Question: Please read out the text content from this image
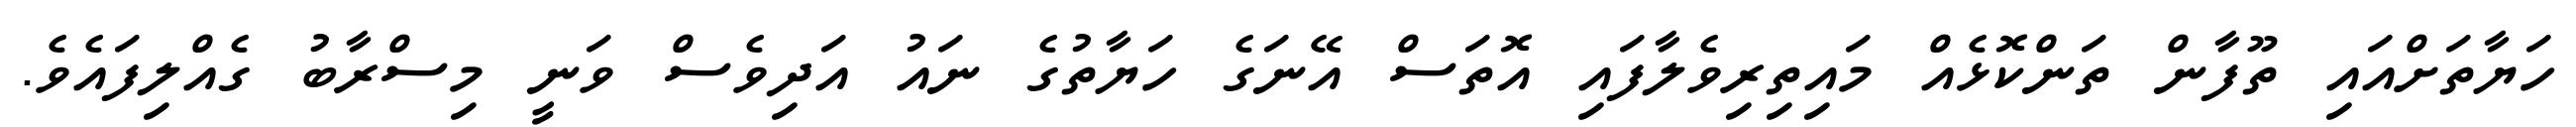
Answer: ހަޔާތަށްއައި ތޫފާން ތަންކޮޅެއް މައިތިރިވެލާފައި އޮތަސް އޭނަގެ ހަޔާތުގެ ނައު އަދިވެސް ވަނީ މިސްރާބު ގެއްލިފައެވެ.